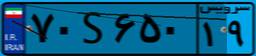
۷۰S۶۵۰۱۹